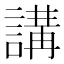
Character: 講